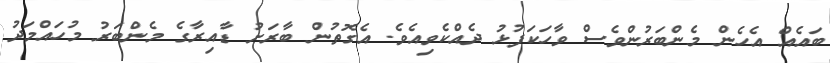
ބައެއް އެހެން މެންބަރުންވެސް ވާހަކަފުޅު ދެއްކެވިއެވެ. އެގޮތުން ބާރަށު ޑާއިރާގެ މެންބަރު މުހައްމަދު